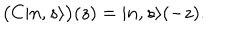
\bigl ( C | n , s \rangle \bigr ) ( z ) = | n , s \rangle ( - z ) .